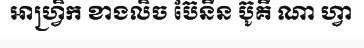
អាហ្វ្រិក ខាងលិច ប៊ែនីន ប៊ូគី ណា ហ្វា